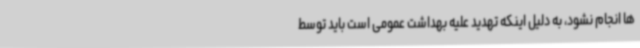
ها انجام نشود، به دلیل اینکه تهدید علیه بهداشت عمومی است باید توسط